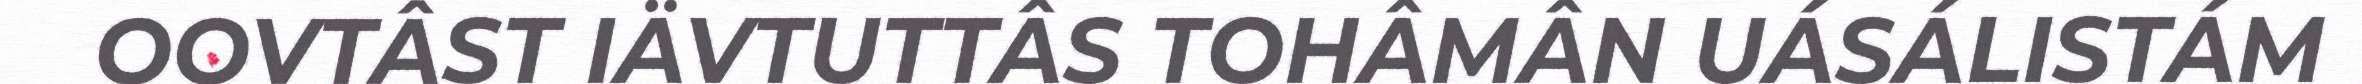
OOVTÂST IÄVTUTTÂS TOHÂMÂN UÁSÁLISTÁM